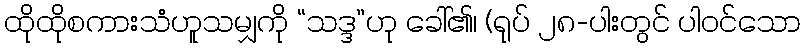
ထိုထိုစကားသံဟူသမျှကို “သဒ္ဒ”ဟု ခေါ်၏၊ (ရုပ် ၂၈-ပါးတွင် ပါဝင်သော